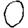
Digit: 0